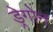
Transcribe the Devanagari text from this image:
ड्रेगोन